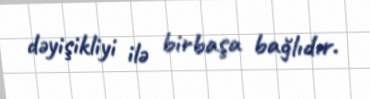
dəyişikliyi ilə birbaşa bağlıdır.